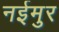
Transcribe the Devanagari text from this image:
नईमुर